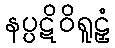
နပ္ပဋိဝိရူဠှံ